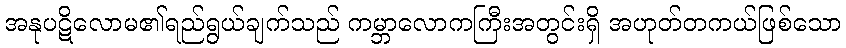
အနုပဋိလောမ၏ရည်ရွယ်ချက်သည် ကမ္ဘာလောကကြီးအတွင်းရှိ အဟုတ်တကယ်ဖြစ်သော